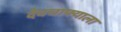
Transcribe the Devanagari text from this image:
देवचाफ्याला